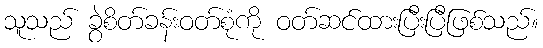
သူသည် ခွဲစိတ်ခန်းဝတ်စုံကို ဝတ်ဆင်ထားပြီးပြီဖြစ်သည်။